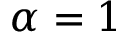
\alpha = 1